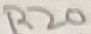
Text: R20